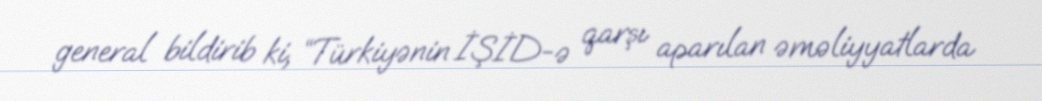
general bildirib ki, “Türkiyənin İŞİD-ə qarşı aparılan əməliyyatlarda